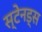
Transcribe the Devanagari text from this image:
स्टेनड्स